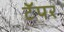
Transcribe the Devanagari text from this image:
टॅपर